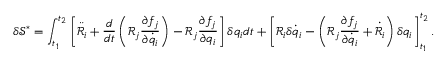
\delta \mathcal { S } ^ { * } = \int _ { t _ { 1 } } ^ { t _ { 2 } } \left[ \ddot { \mathcal { R } } _ { i } + \frac { d } { d t } \left( \mathcal { R } _ { j } \frac { \partial f _ { j } } { \partial \dot { q } _ { i } } \right) - \mathcal { R } _ { j } \frac { \partial f _ { j } } { \partial q _ { i } } \right] \delta { q } _ { i } d t + \left[ \mathcal { R } _ { i } \delta \dot { q } _ { i } - \left( \mathcal { R } _ { j } \frac { \partial f _ { j } } { \partial \dot { q } _ { i } } + \dot { \mathcal { R } } _ { i } \right) \delta { q } _ { i } \right] _ { t _ { 1 } } ^ { t _ { 2 } } .